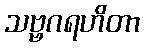
သဗ္ဗဂရဟိတာ